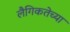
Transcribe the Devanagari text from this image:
लैगिकतेच्या